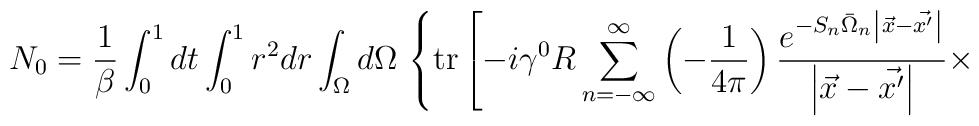
N_0 =\frac1{\beta} \int_0^1 dt \int_0^1 r^2 dr\int_{\Omega} d\Omega \,\left\{ {\rm tr} \left[ -i \gamma^0 R \sum_{n=-\infty}^{\infty} \left( - \frac1{4 \pi} \right) \frac{e^{-S_n \bar{\Omega}_n \left| \vec{x} - \vec{x'} \right|}}{\left| \vec{x} - \vec{x'} \right|} \times \right. \right.